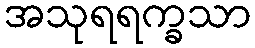
အသုရရက္ခသာ